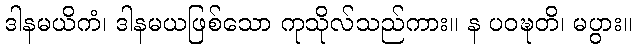
ဒါနမယိကံ၊ ဒါနမယဖြစ်သော ကုသိုလ်သည်ကား။ န ပဝဍ္ဎတိ၊ မပွား။